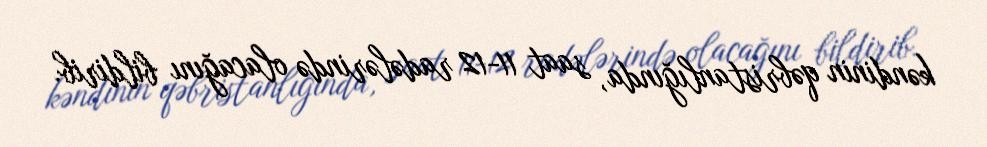
kəndinin qəbristanlığında, saat 11-12 radələrində olacağını bildirib.